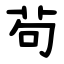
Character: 茍